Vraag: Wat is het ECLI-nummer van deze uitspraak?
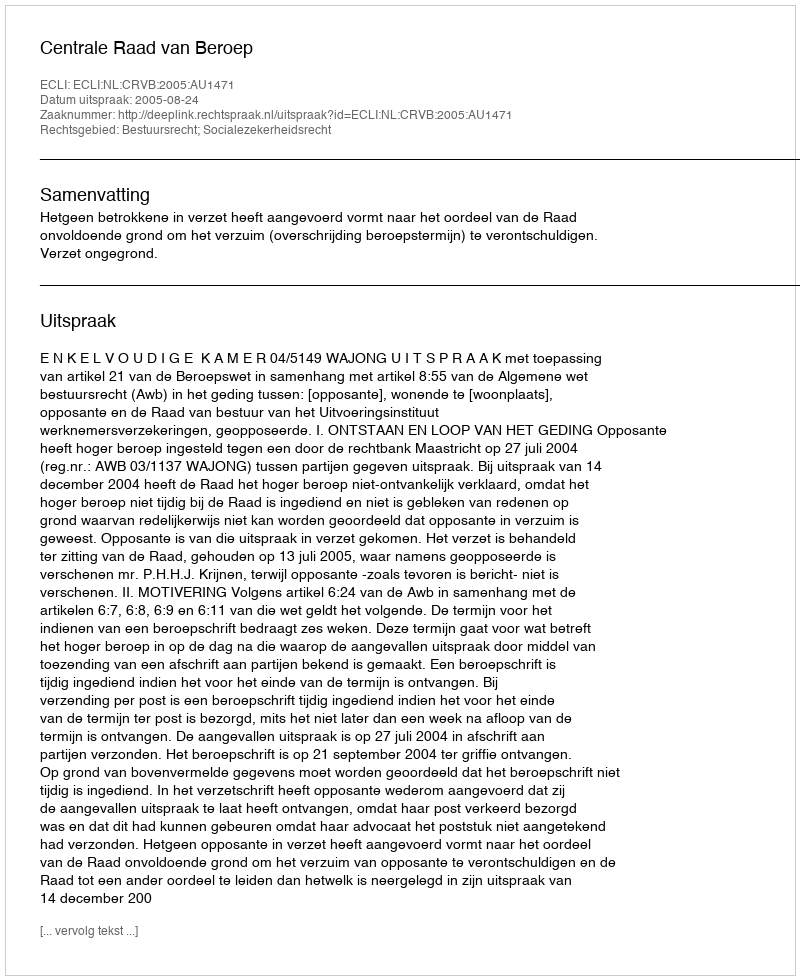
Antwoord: ECLI:NL:CRVB:2005:AU1471